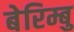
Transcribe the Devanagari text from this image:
बेरिम्बु